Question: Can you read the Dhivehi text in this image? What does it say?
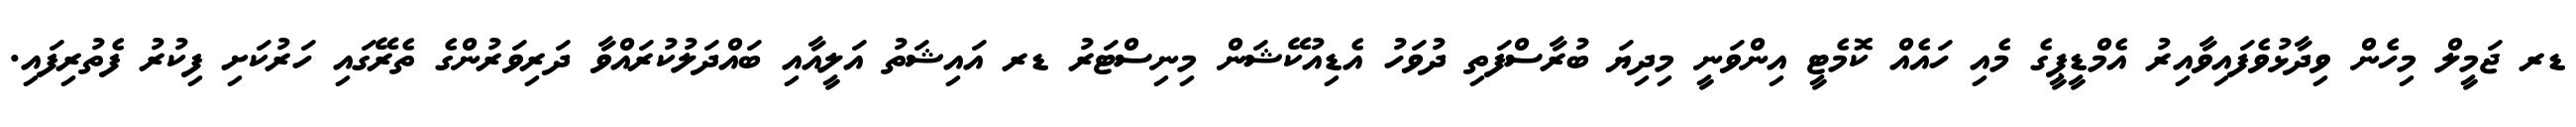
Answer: ޑރ ޖަމީލް މިހެން ވިދާޅުވެފައިވާއިރު އެމްޑީޕީގެ މެއި ހައެއް ކޮމެޓީ އިންވަނީ މިދިޔަ ބުރާސްފަތި ދުވަހު އެޑިއުކޭޝަން މިނިސްޓަރު ޑރ އައިޝަތު އަލީއާއި ބައްދަލުކުރައްވާ ދަރިވަރުންގެ ތެރޭގައި ހަރުކަށި ފިކުރު ފެތުރިފައި.